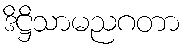
ဒိဋ္ဌိသာမညဂတာ